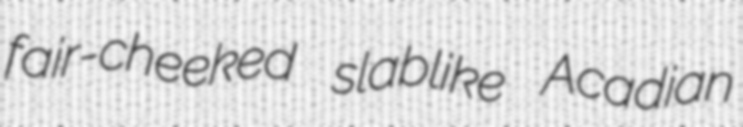
fair-cheeked slablike Acadian